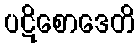
ပဋိစောဒေတိ